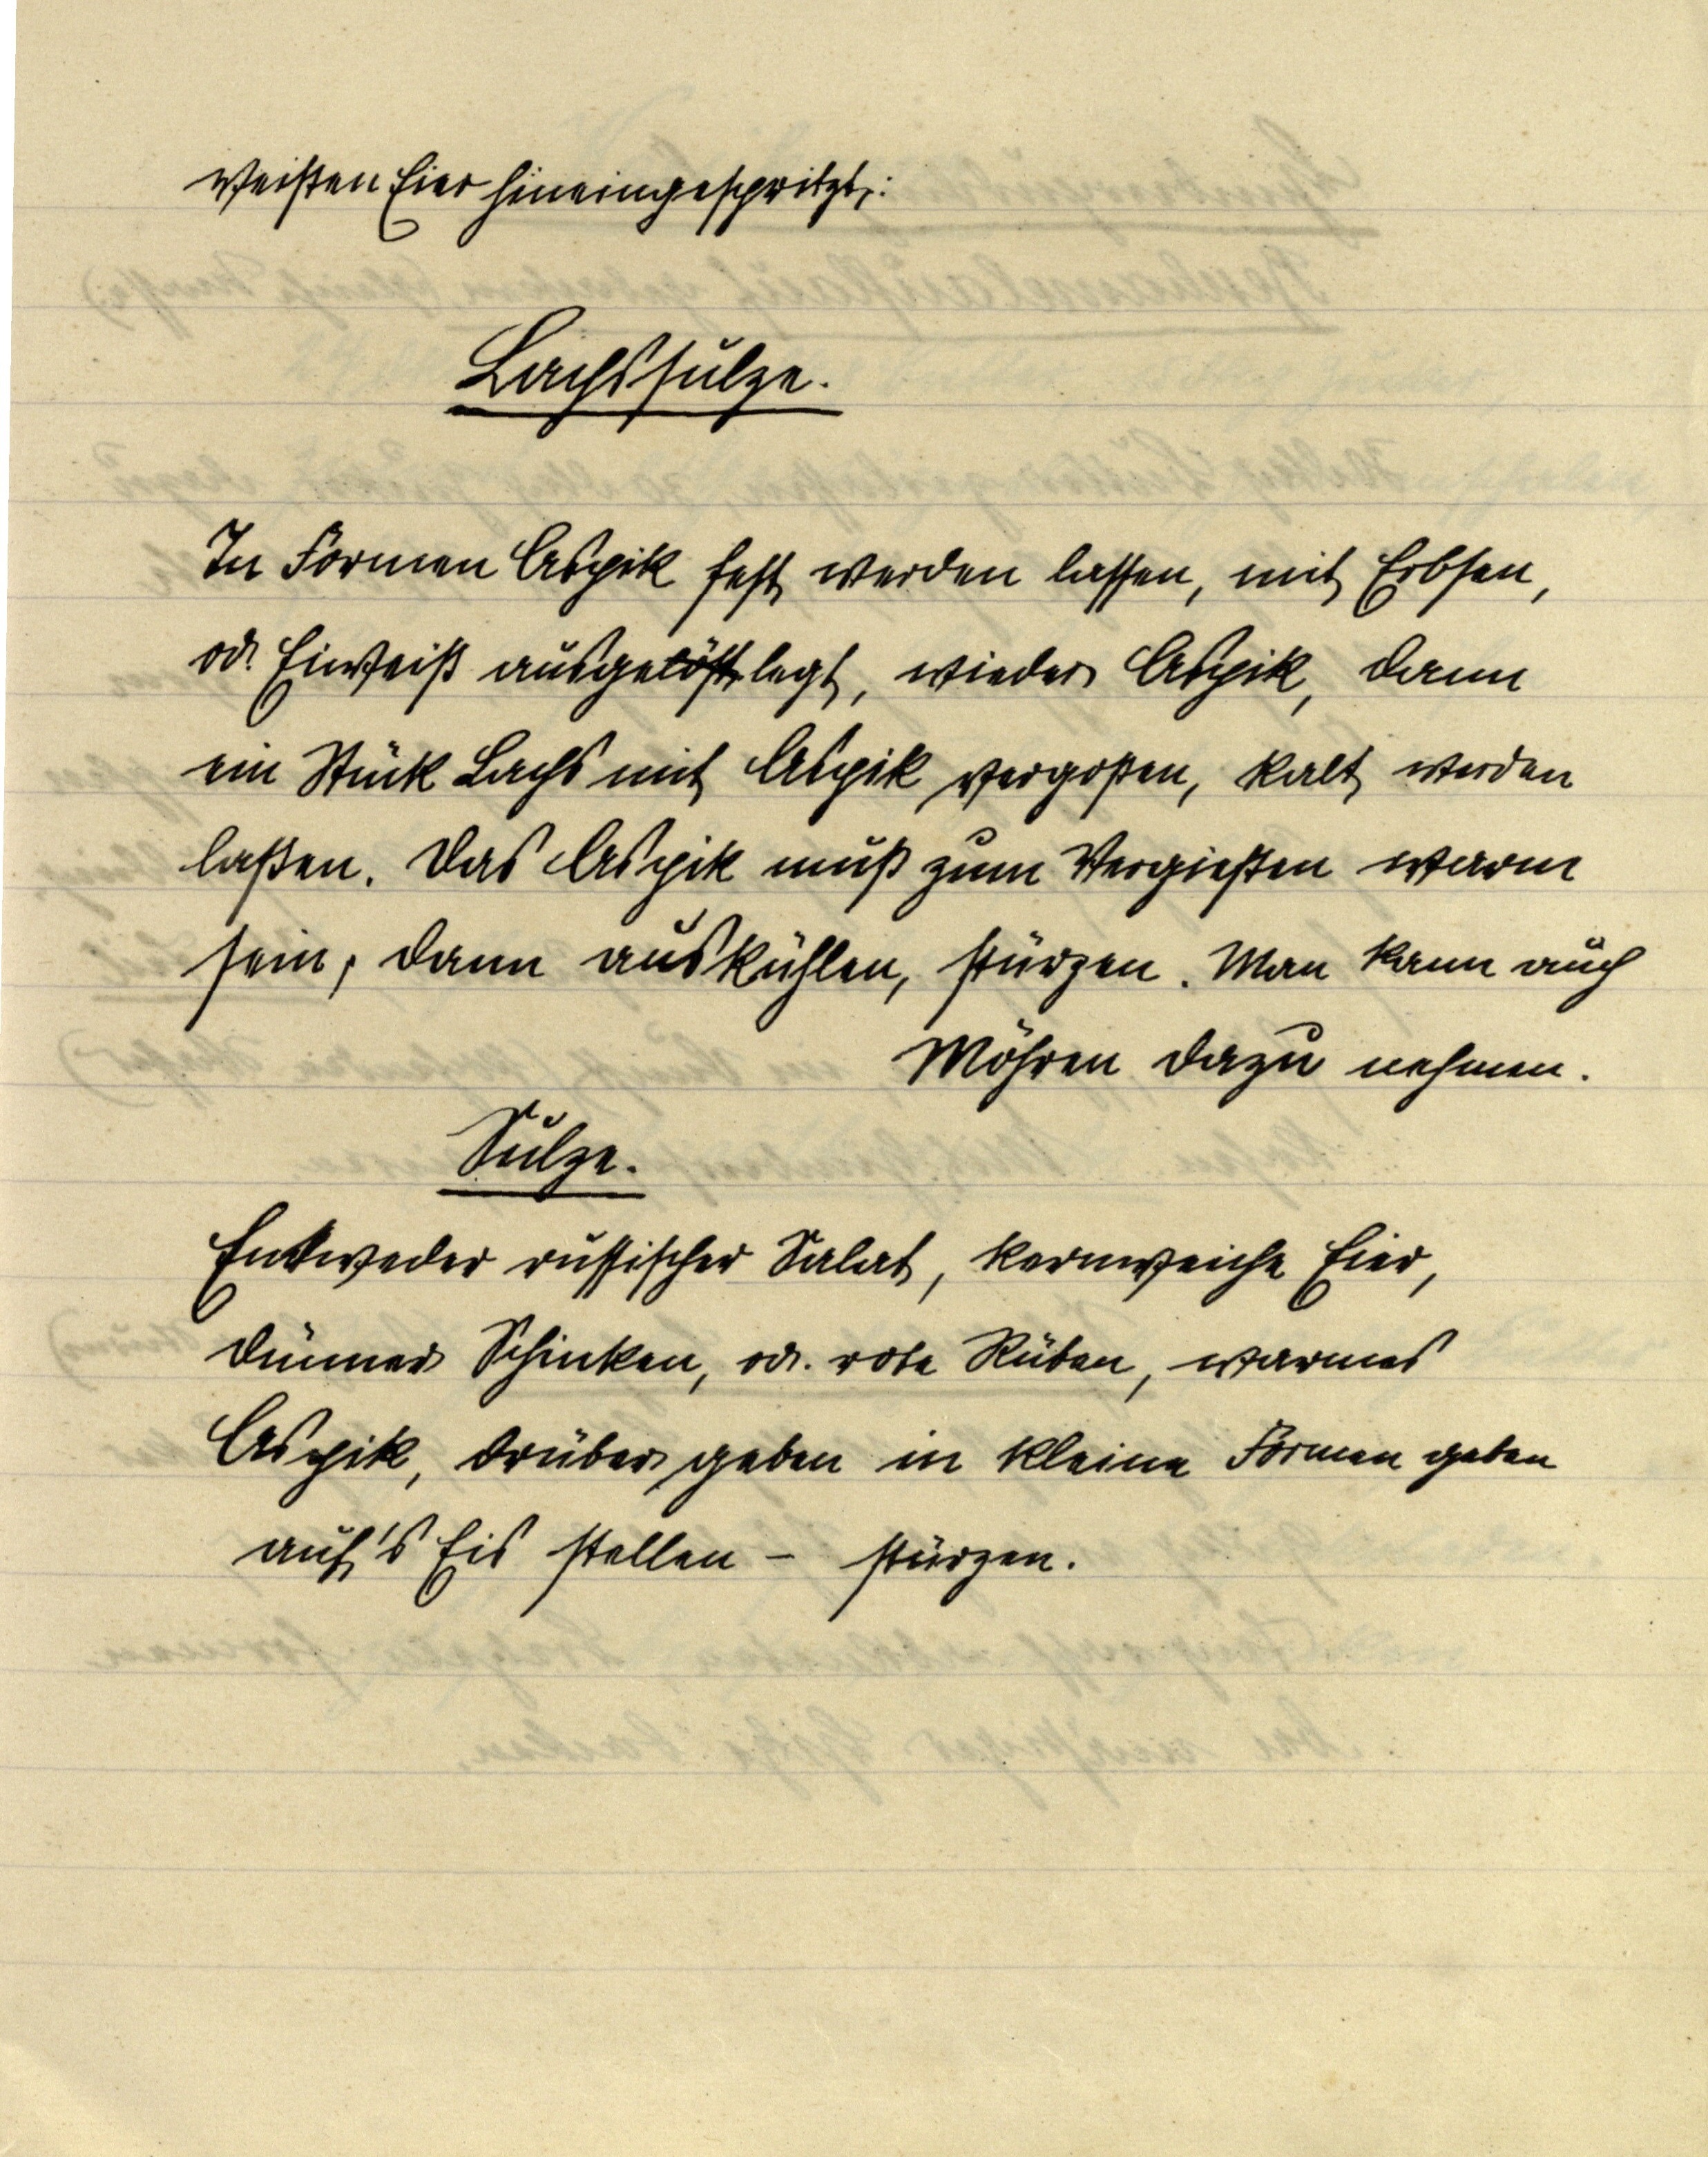
weißen Eier hineingespritzt.

Lachssülze.

In Formen Aspik fest werden lassen, mit Erbsen,
od. Eiweiß ausgelöstlegt, wieder Aspik, dann
ein Stück Lachs mit Aspik vergoßen, kalt werden
laßen. Das Aspik muß zum Vergießen warm
sein, dann auskühlen, stürzen. Man kann auch
Möhren dazu nehmen.

Sülze.
Entweder russischer Salat, kernweiche Eier,
dünner Schinken, od. rote Rüben, warmes
Aspik, drüber geben in kleine Formen geben
auf's Eis stellen — stürzen.